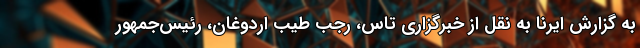
به گزارش ایرنا به نقل از خبرگزاری تاس، رجب طیب اردوغان، رئیس‌جمهور